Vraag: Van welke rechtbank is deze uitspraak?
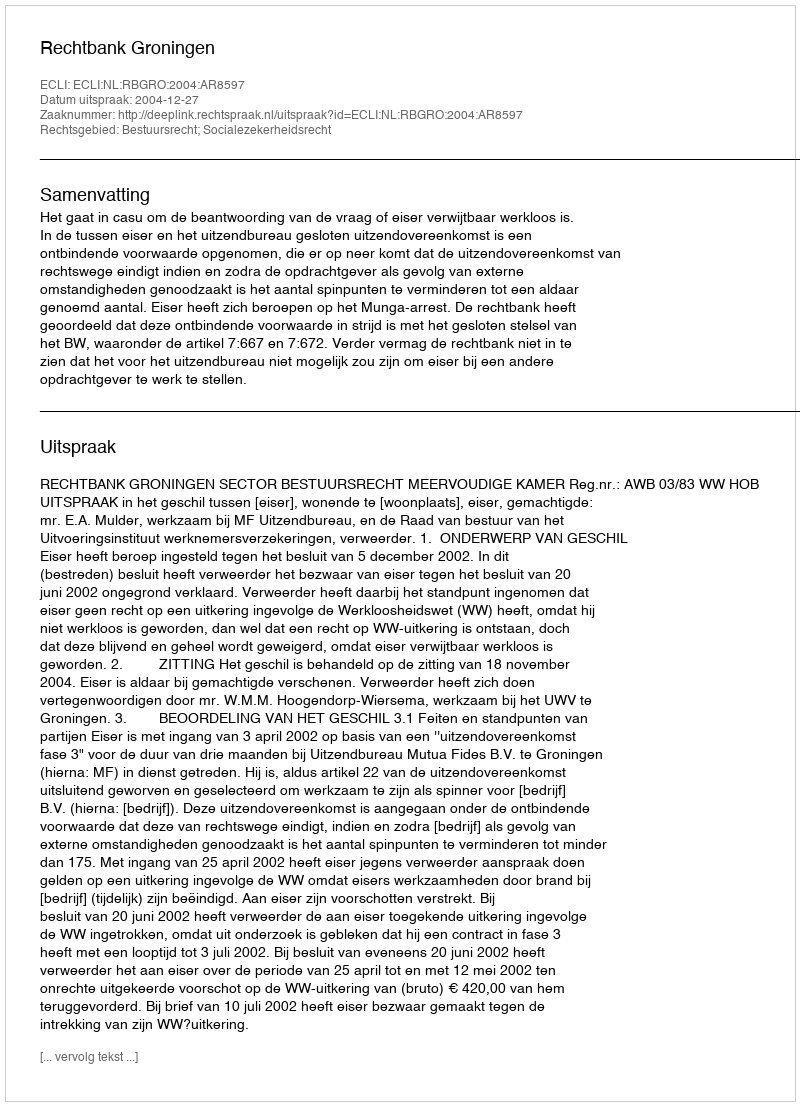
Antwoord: Rechtbank Groningen